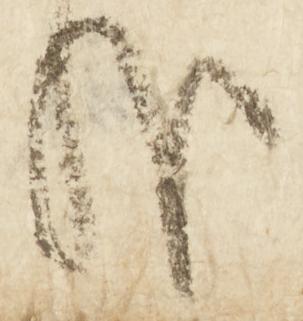
哉